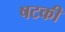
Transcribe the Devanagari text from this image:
षटकी